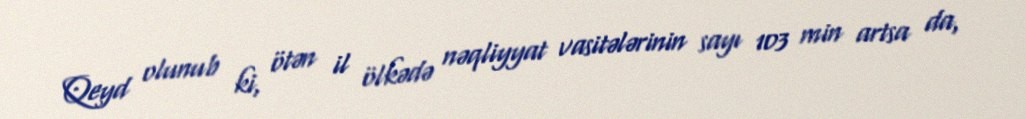
Qeyd olunub ki, ötən il ölkədə nəqliyyat vasitələrinin sayı 103 min artsa da,